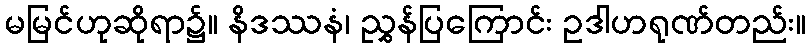
မမြင်ဟုဆိုရာ၌။ နိဒဿနံ၊ ညွှန်ပြကြောင်း ဥဒါဟရုဏ်တည်း။